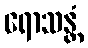
ရောသန္တံ